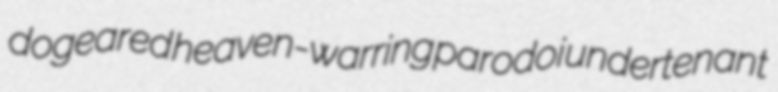
dogeared heaven-warring parodoi undertenant